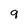
Character: 9